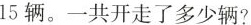
15辆。一共开走了多少辆?